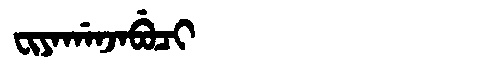
Manchu: ᠸᡳᠶᠠᡤᠠᠨᠵᠠᠪᡠᠴᡳ
Romanization: FIYAGANJABUCI